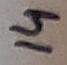
Text: 14